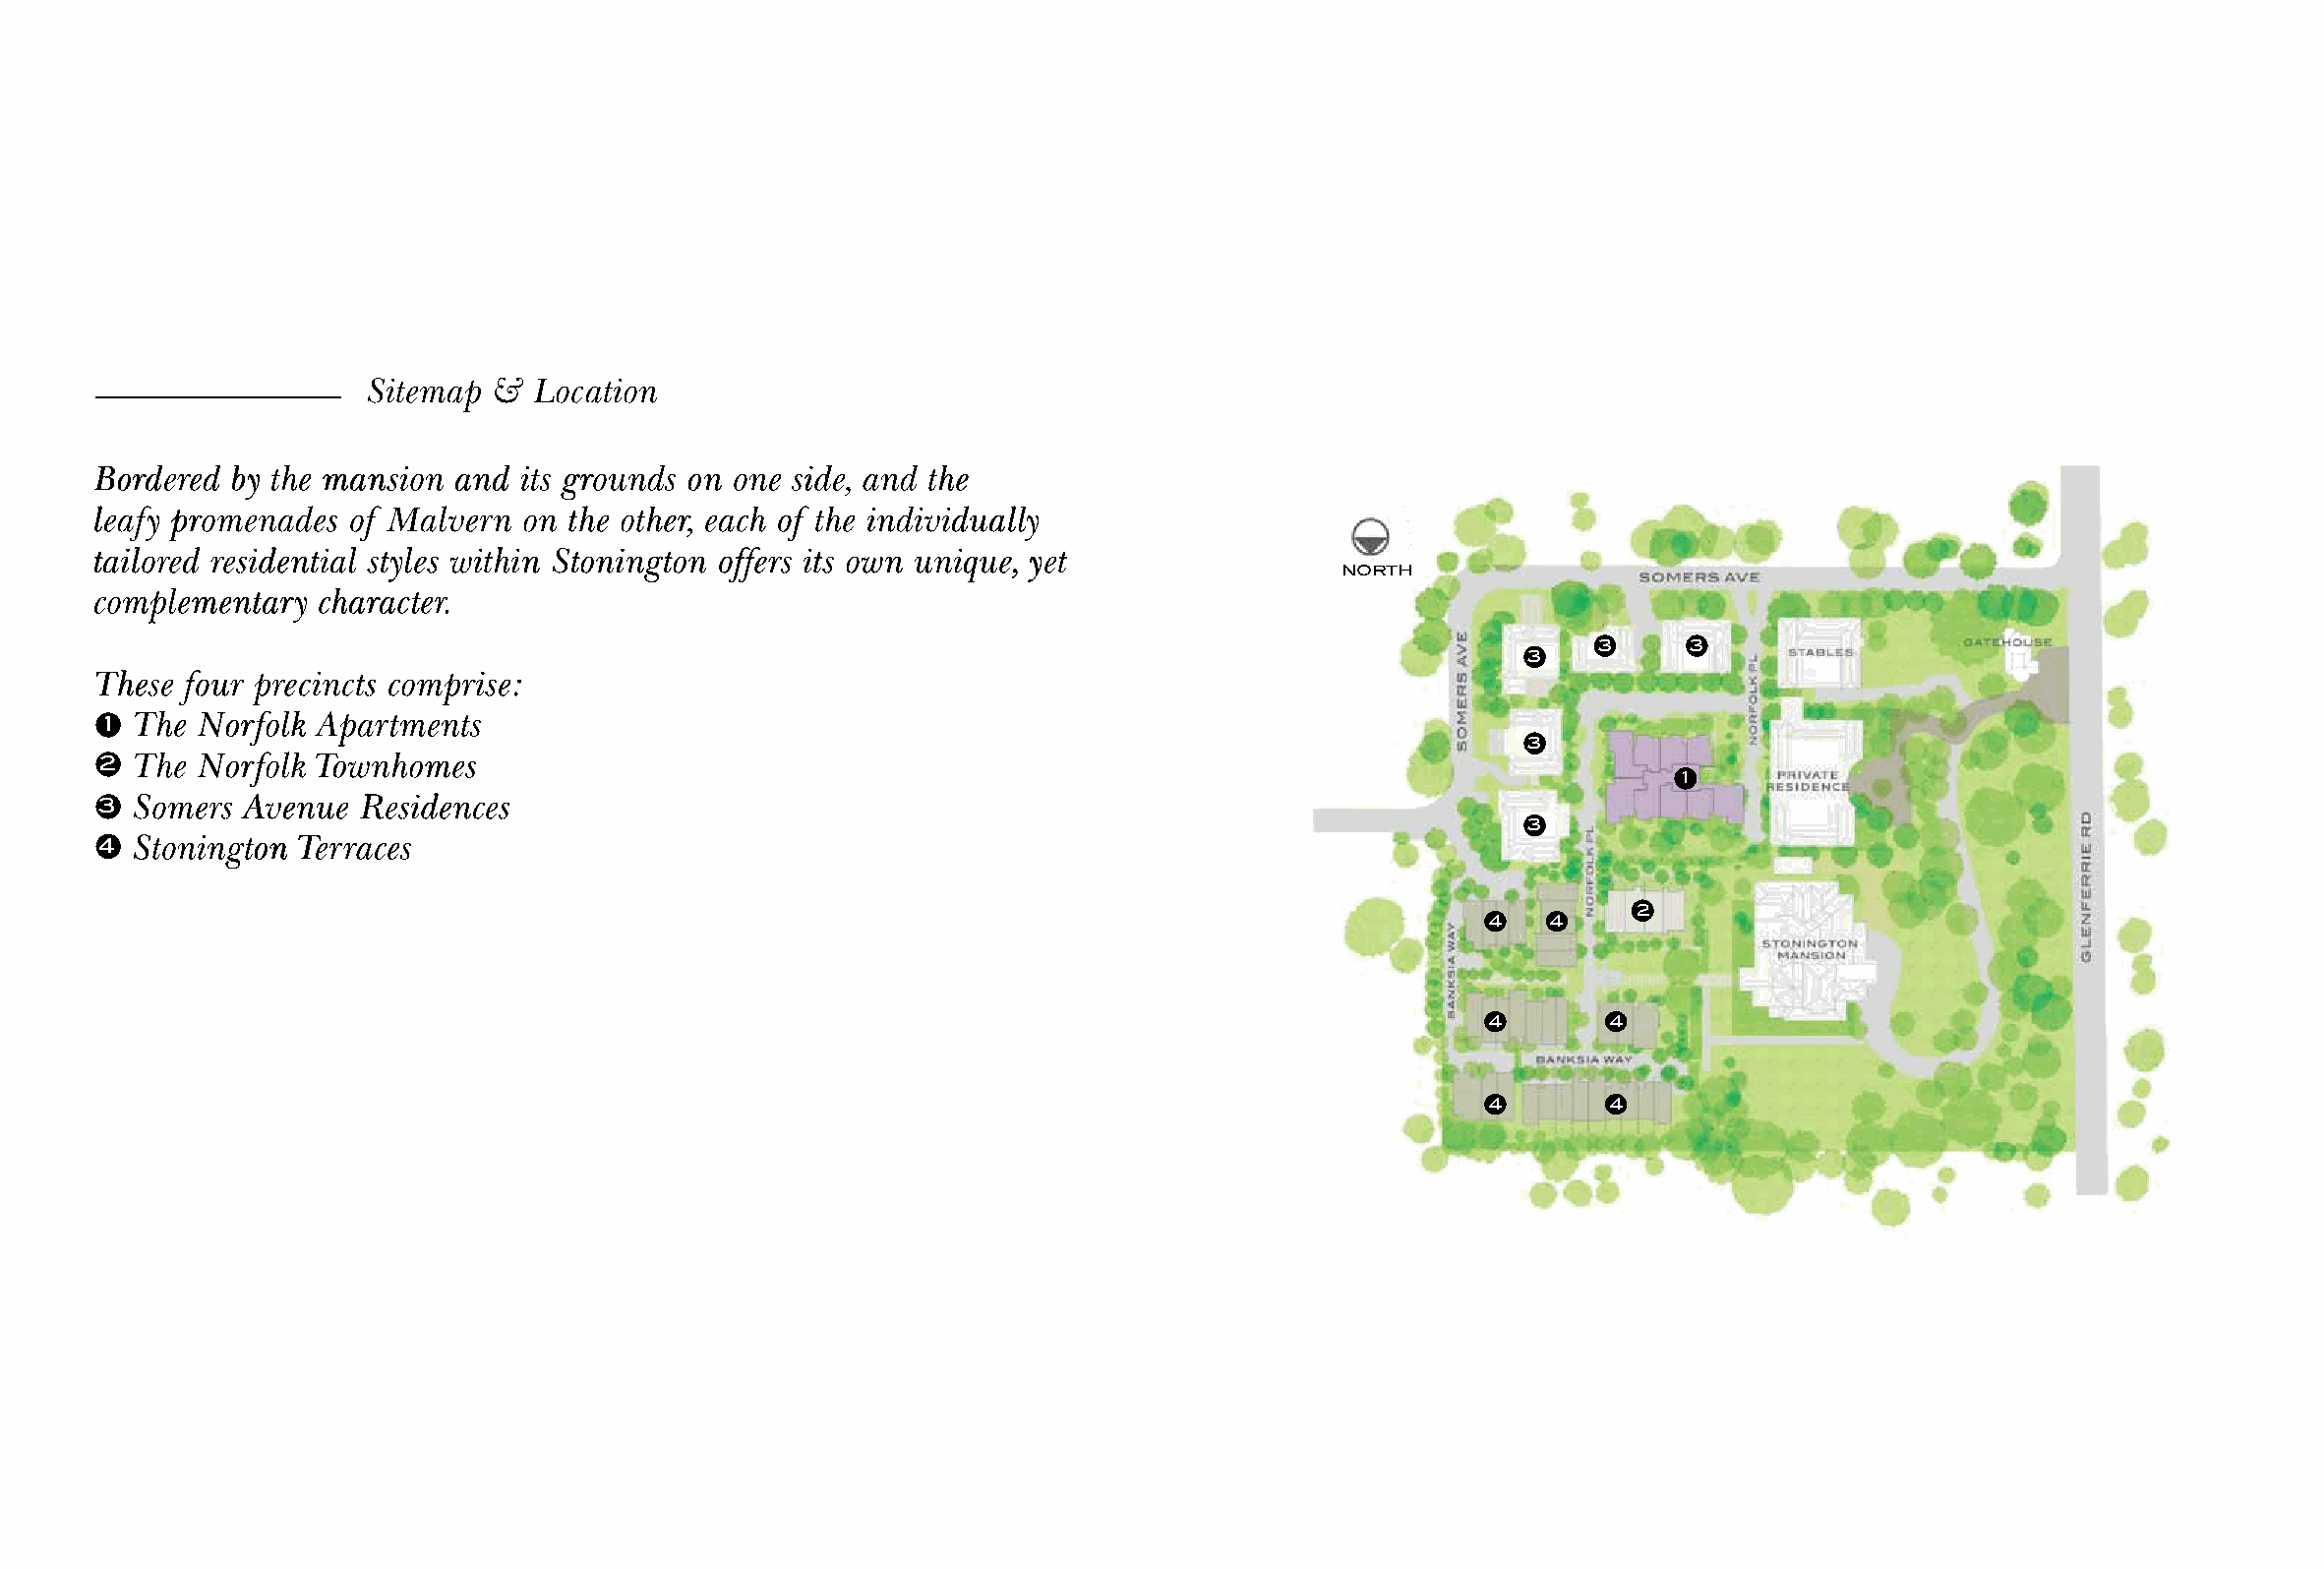
SSiitteemmaapp && LLooccaattiioonn
 BBBooorrrdddeeerrreeeddd bbbyyy ttthhheee mmmaaannnsssiiiooonnn aaannnddd iiitttsss gggrrrooouuunnndddsss ooonnn ooonnneee sssiiidddeee,,, aaannnddd ttthhheee
 llleeeaaafffyyy ppprrrooommmeeennnaaadddeeesss ooofff MMMaaalllvvveeerrrnnn ooonnn ttthhheee ooottthhheeerrr,,, eeeaaaccchhh ooofff ttthhheee iiinnndddiiivvviiiddduuuaaallllllyyy
 tttaaaiiilllooorrreeeddd rrreeesssiiidddeeennntttiiiaaalll ssstttyyyllleeesss wwwiiittthhhiiinnn SSStttooonnniiinnngggtttooonnn oooffffffeeerrrsss iiitttsss ooowwwnnn uuunnniiiqqquuueee,,, yyyeeettt
 NORTH
 cccooommmpppllleeemmmeeennntttaaarrryyy ccchhhaaarrraaacccttteeerrr...
 3     3
 3
 TTThhheeessseee fffooouuurrr ppprrreeeccciiinnnccctttsss cccooommmppprrriiissseee:::
 11 TTThhheee NNNooorrrfffooolllkkk AAApppaaarrrtttmmmeeennntttsss
 3
 22 TTThhheee NNNooorrrfffooolllkkk TTTooowwwnnnhhhooommmeeesss
 1
 33 SSSooommmeeerrrsss AAAvvveeennnuuueee RRReeesssiiidddeeennnccceeesss
 3
 44 SSStttooonnniiinnngggtttooonnn TTTeeerrrrrraaaccceeesss
 2
 4   4
 4       4
 4       4